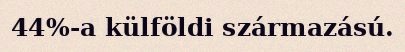
44%-a külföldi származású.